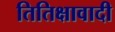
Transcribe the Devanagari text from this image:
तितिक्षावादी